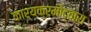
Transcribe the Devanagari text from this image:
कार्यक्रमोंद्वारा